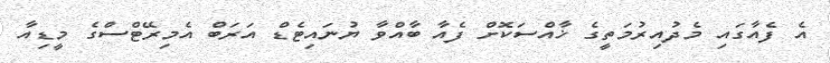
އެ ފެއާގައި މެދުއިރުމަތީގެ ޚާއްސަކޮށް ފެއާ ބާއްވާ ޔުނައިޓެޑް އަރަބް އެމިރޭޓްސްގެ މީޑިއާ